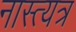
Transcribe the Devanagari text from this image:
नास्त्यत्र